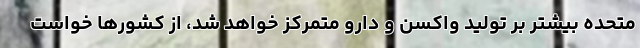
متحده بیشتر بر تولید واکسن و دارو متمرکز خواهد شد، از کشورها خواست